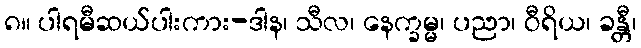
၈။ ပါရမီဆယ်ပါးကား-ဒါန၊ သီလ၊ နေက္ခမ္မ၊ ပညာ၊ ဝီရိယ၊ ခန္တီ၊